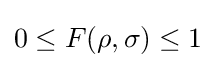
0\leq F(\rho ,\sigma )\leq 1